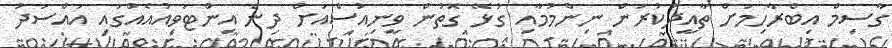
ގާސިމް އިބްރާހިމަށް ތާއީދުކުރަން ނިންމުމާއި ގުޅޭ ގޮތުން ވީނިއުސްއަށް ދިން އިންޓަވިއުއެއްގައި އައްސަދު